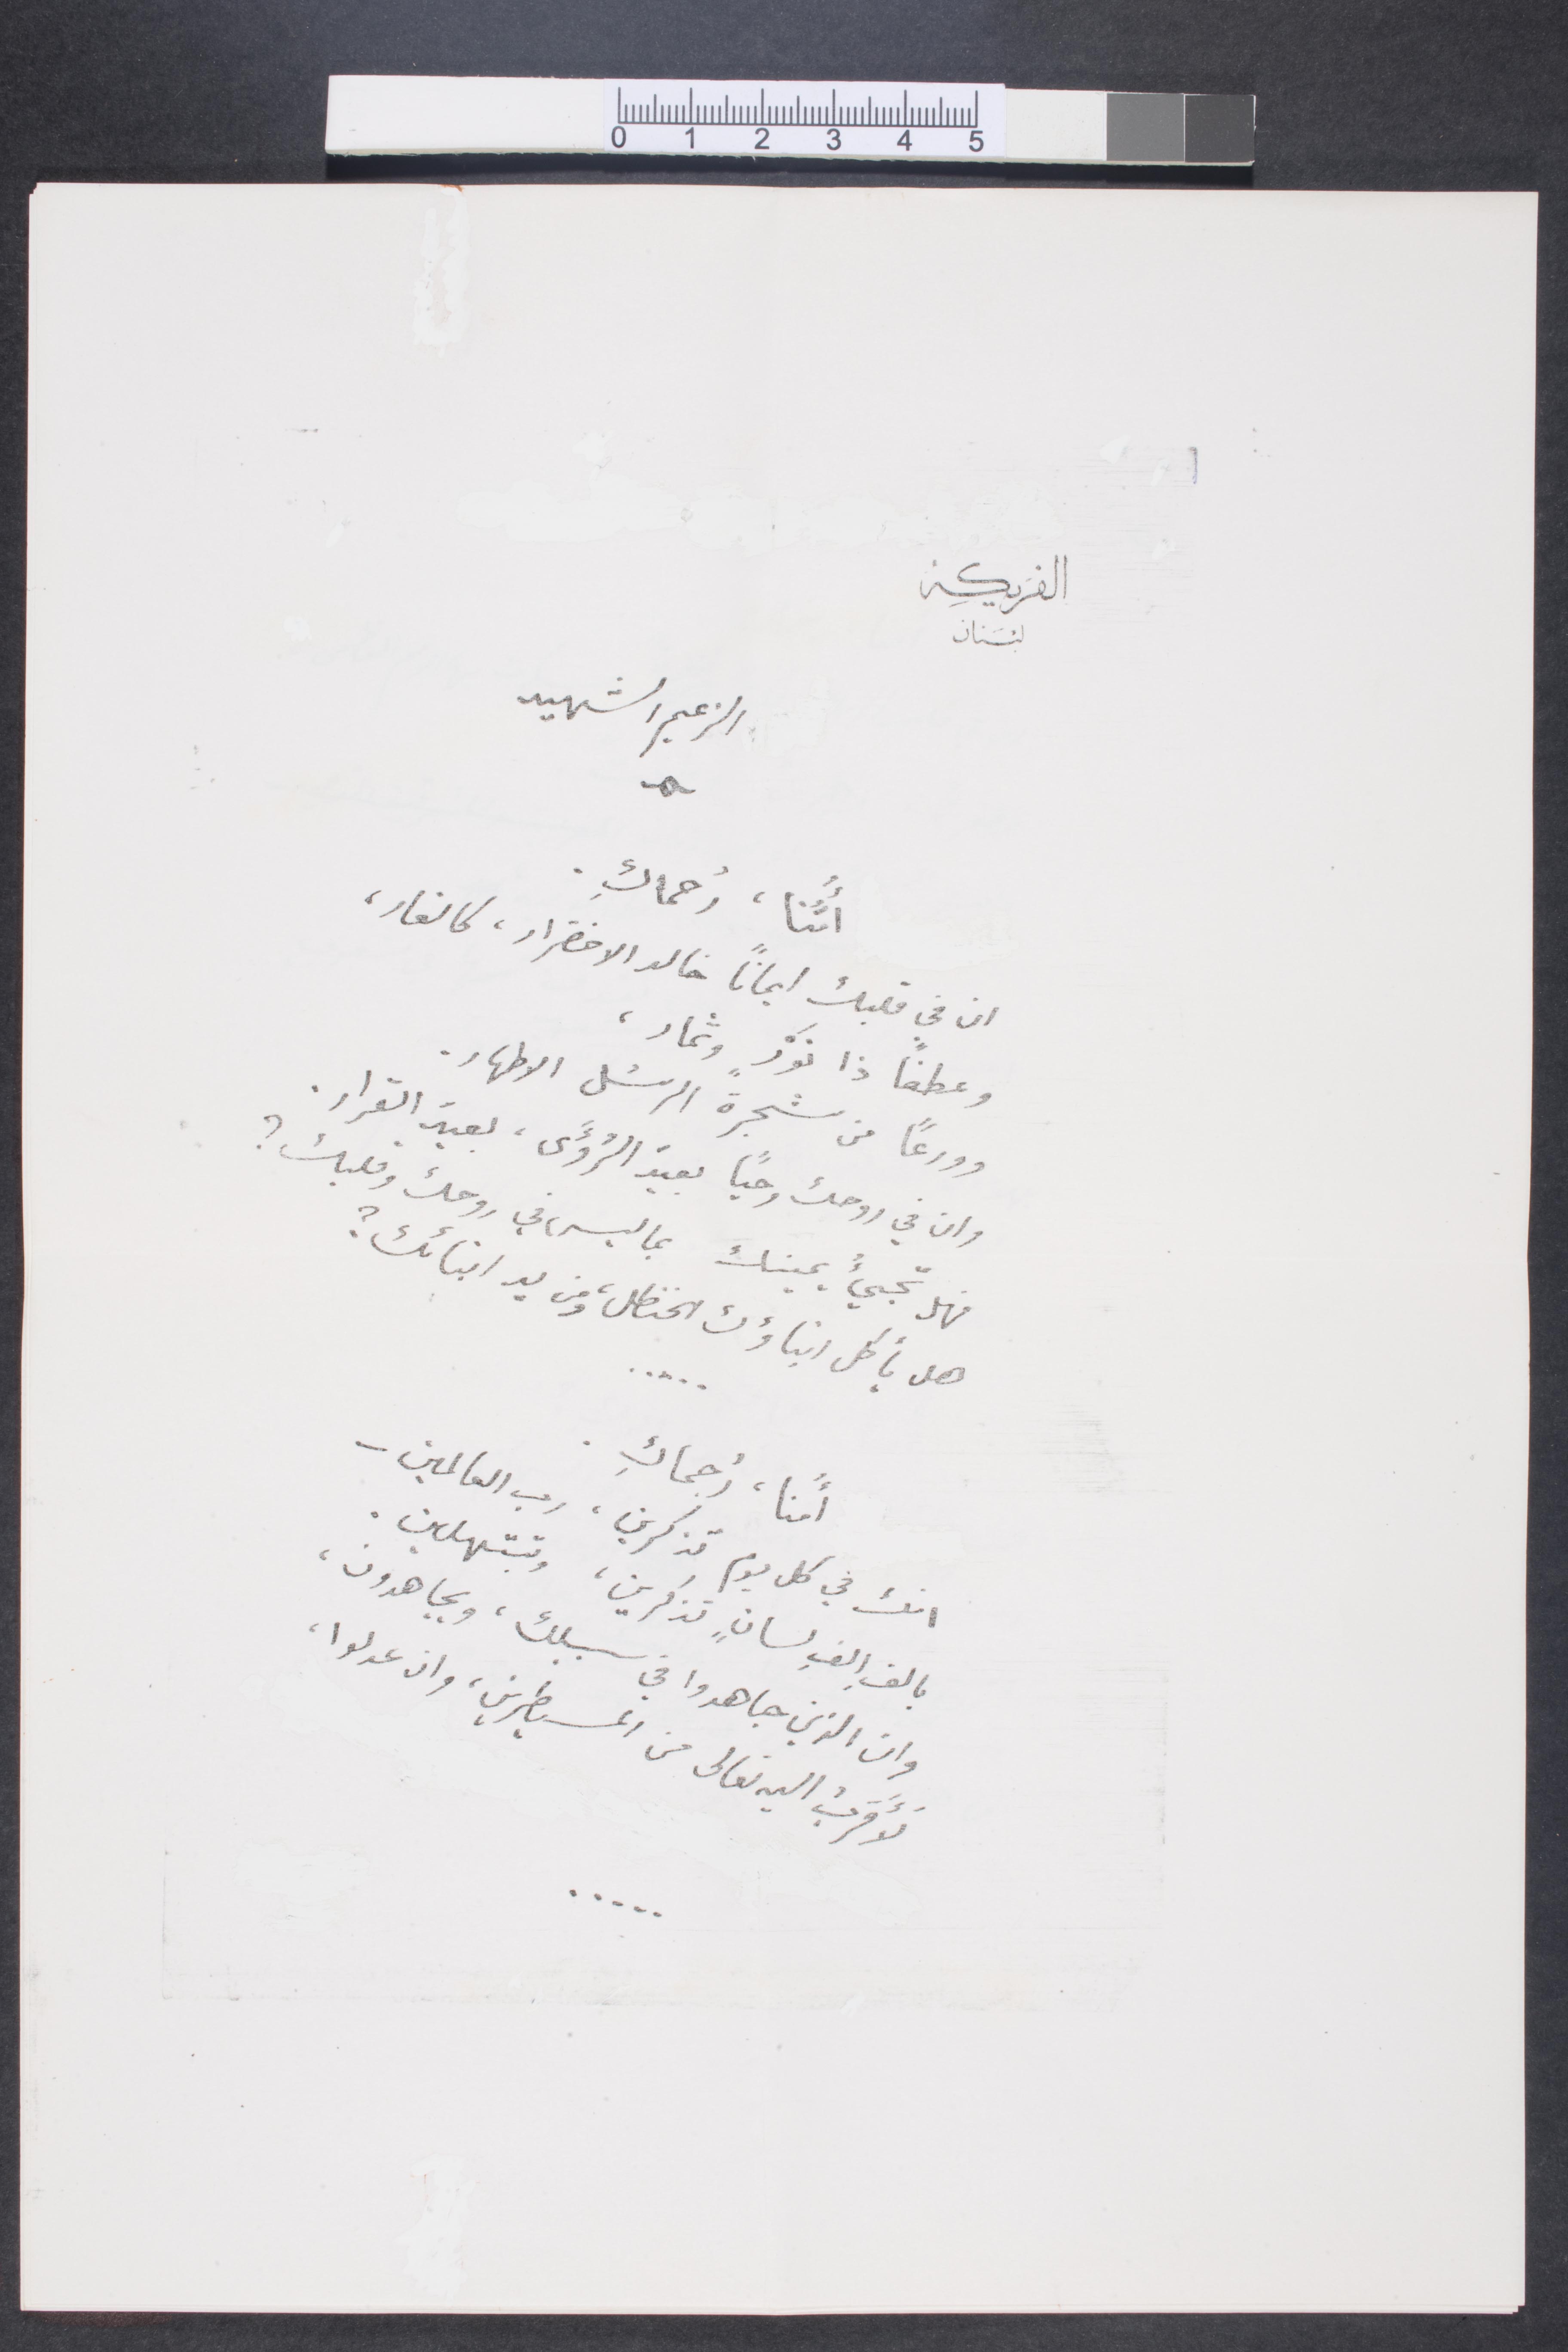
الفريكة
لبنان
الزعيم الشهيد
امّنا، رُحماكِ
ان في قلبك ايمانًا خالد الاخضرار، كالغار،
وعطفًا ذا نورٍ وثمار،
وورعًا من شجرة الرسُل الاطهار
وان في روحك وحيًا بعيد الرؤى، بعيد القرار.
فهي تجيء يمينك، بما ليس في روحك وقلبك؟
هل يأكل ابناؤك الحنظل ومن يد ابنائك؟
أُمنا، رُحماكِ.
انت في كل يوم تذكرني، رب العالمين__
بالف الف لسانٍ تذكرين، وتبتهلين.
وان الذين جاهدوا في سبيلك، ويجاهدون.
لأقرب اليه تعالى من المسيطرين وان عدلوا،